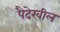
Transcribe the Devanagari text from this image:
पैदेखील